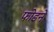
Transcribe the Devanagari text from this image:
फोडने